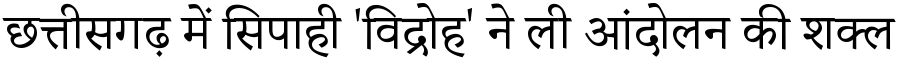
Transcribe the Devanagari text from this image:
छत्तीसगढ़ में सिपाही 'विद्रोह' ने ली आंदोलन की शक्ल